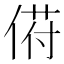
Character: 𬾯